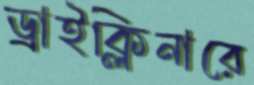
ড্রাইক্লিনারে